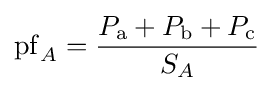
\mathrm {pf} _{A}={P_{\mathrm {a} }+P_{\mathrm {b} }+P_{\mathrm {c} } \over S_{A}}